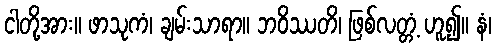
ငါတို့အား။ ဖာသုကံ၊ ချမ်းသာရာ။ ဘဝိဿတိ၊ ဖြစ်လတ္တံ့ ဟူ၍။ နံ၊